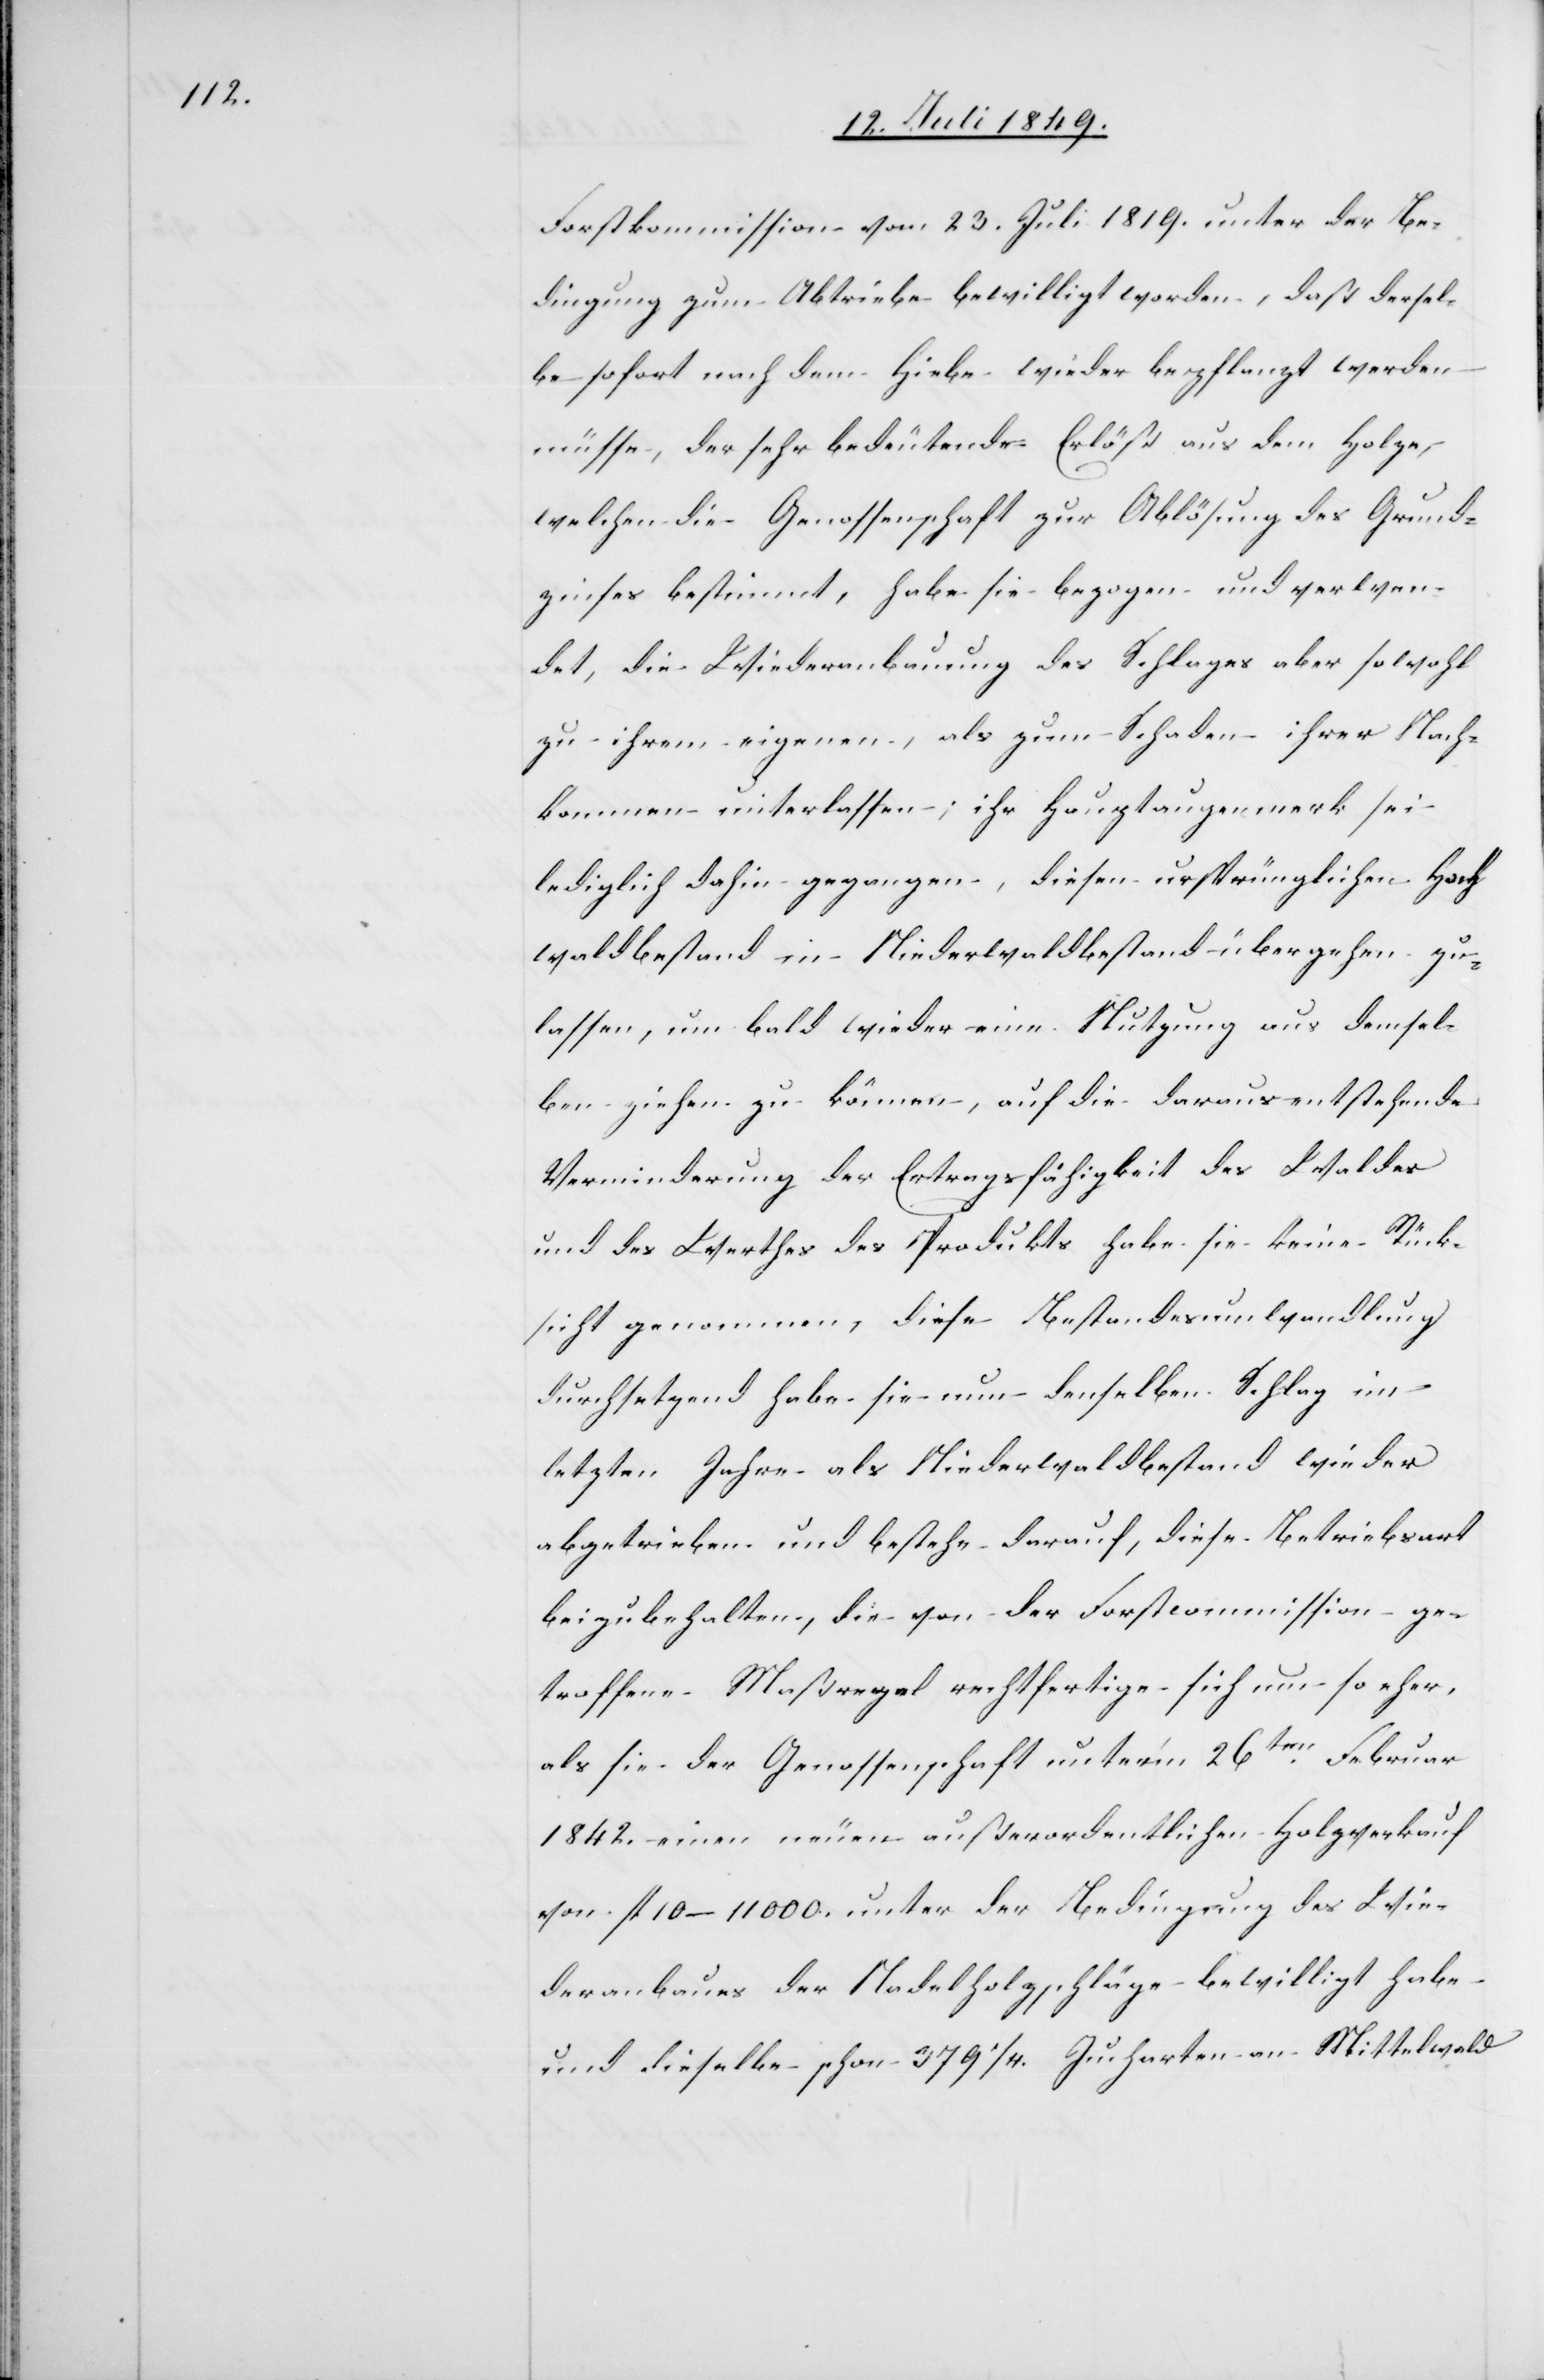
Forstkommission vom 23. Juli 1819. unter der Be¬
dingung zum Abtriebe bewilligt worden, daß dersel¬
be sofort nach dem Hiebe wieder bepflanzt werden
müsse, der sehr bedeutende Erlöß aus dem Holze,
welchen die Genossenschaft zur Ablösung des Grund¬
zinses bestimmt, habe sie bezogen und verwen¬
det, die Wiederanbauung des Schlages aber sowohl
zu ihrem eigenen, als zum Schaden ihrer Nach¬
kommen unterlassen; ihr Hauptaugenmerk sei
lediglich dahin gegangen, diesen ursprünglichen Hoch¬
waldbestand in Niederwaldbestand übergehen zu
lassen, um bald wieder eine Nutzung aus demsel¬
ben ziehen zu können, auf die daraus entstehende
Verminderung der Ertragsfähigkeit des Waldes
und des Werthes des Produktes habe sie keine Rück¬
sicht genommen, diese Bestandesumwandlung
durchsetzend habe sie nun denselben Schlag im
letzten Jahre als Niederwaldbestand wieder
abgetrieben und bestehe darauf, diese Betriebsart
beizubehalten, die von der Forstcommission ge¬
troffene Maßregel rechtfertige sich um so eher,
als sie der Genossenschaft unter’m 26ten Februar
1842. einen neuen außerordentlichen Holzverkauf
von fl 10–11 000. unter der Bedingung des Wie¬
deranbaues der Nadelholzschläge bewilligt habe
und dieselbe schon 379 1/4. Jucharten an Mittelwald